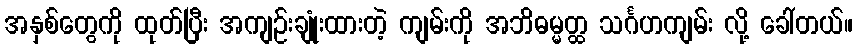
အနှစ်တွေကို ထုတ်ပြီး အကျဉ်းချုံးထားတဲ့ ကျမ်းကို အဘိဓမ္မတ္ထ သင်္ဂဟကျမ်း လို့ ခေါ်တယ်။